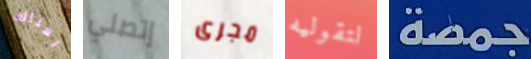
لهناك إتصلي مجرى لتقوليه جمصة